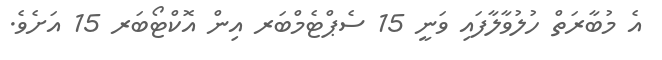
އެ މުބާރަތް ހުލުވާލާފައި ވަނީ 15 ސެޕްޓެމްބަރ އިން އޮކްޓޯބަރ 15 އަށެވެ.